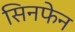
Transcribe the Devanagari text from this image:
सिनफेन